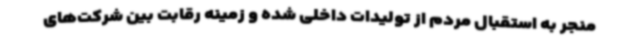
منجر به استقبال مردم از تولیدات داخلی شده و زمینه رقابت بین شرکت‌های